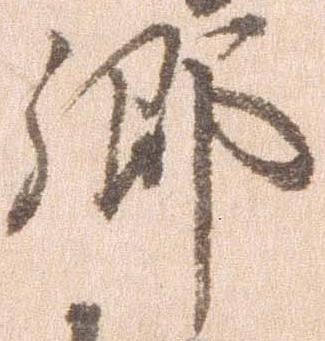
郷